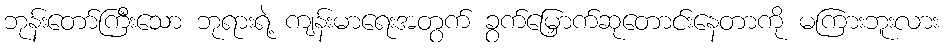
ဘုန်းတော်ကြီးသော ဘုရားရဲ့ ကျန်းမာရေးအတွက် ခွက်မြှောက်ဆုတောင်းနေတာကို မကြားဘူးလား